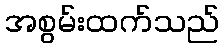
အစွမ်းထက်သည်